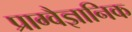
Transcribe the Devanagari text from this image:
प्राग्वैज्ञानिक